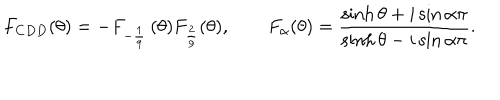
F _ { C D D } ( \theta ) = - F _ { - \frac { 1 } { 9 } } \, ( \theta ) F _ { \frac { 2 } { 9 } } ( \theta ) , \qquad F _ { \alpha } ( \theta ) = { \frac { \sinh \theta + i \sin \alpha \pi } { \sinh \theta - i \sin \alpha \pi } } .